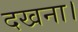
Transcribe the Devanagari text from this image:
दखना।